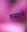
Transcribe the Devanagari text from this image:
मत्सराने